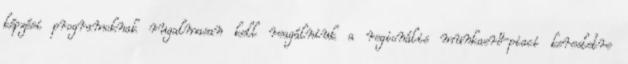
képzési programoknak rugalmasan kell reagálniuk a regionális munkaerő-piaci keresletre